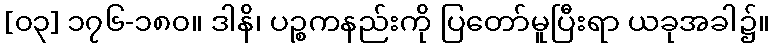
[၀၃] ၁၇၆-၁၈၀။ ဒါနိ၊ ပဉ္စကနည်းကို ပြတော်မူပြီးရာ ယခုအခါ၌။